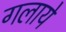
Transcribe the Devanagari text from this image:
गलाये